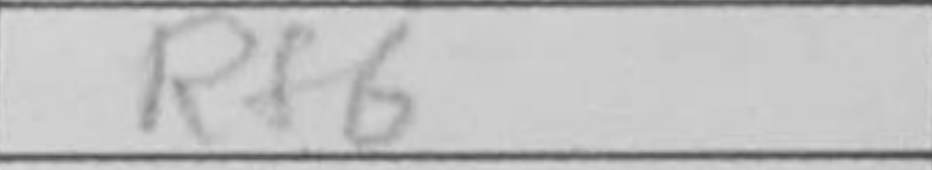
Transcription: Rf6